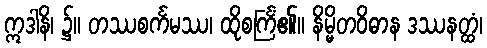
ဣဒါနိ၊ ၌။ တဿစင်္ကမဿ၊ ထိုစင်္ကြံ၏။ နိမ္မိတဝိဓာန ဒဿနတ္ထံ၊